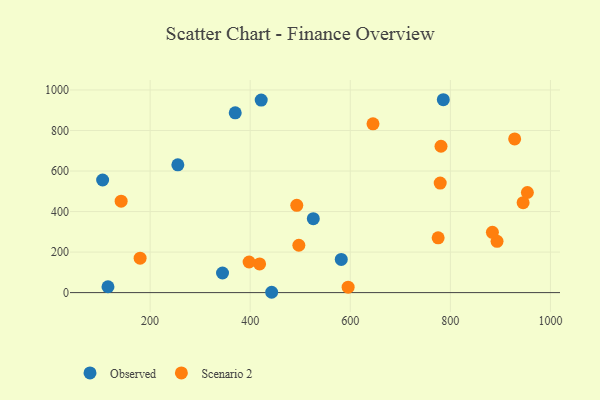
{"axis": {"x": "Speed", "y": "Yield"}, "legend": ["Observed", "Scenario 2"], "data": [{"x": "255.4", "y": 630.6, "type": "Observed"}, {"x": "115.8", "y": 28.9, "type": "Observed"}, {"x": "344.7", "y": 96.7, "type": "Observed"}, {"x": "442.9", "y": 1.6, "type": "Observed"}, {"x": "422.0", "y": 950.2, "type": "Observed"}, {"x": "526.1", "y": 364.6, "type": "Observed"}, {"x": "370.1", "y": 887.3, "type": "Observed"}, {"x": "582.0", "y": 163.9, "type": "Observed"}, {"x": "105.1", "y": 555.6, "type": "Observed"}, {"x": "785.9", "y": 951.9, "type": "Observed"}, {"x": "645.4", "y": 833.1, "type": "Scenario 2"}, {"x": "945.4", "y": 443.9, "type": "Scenario 2"}, {"x": "893.3", "y": 253.2, "type": "Scenario 2"}, {"x": "497.2", "y": 233.6, "type": "Scenario 2"}, {"x": "493.1", "y": 430.9, "type": "Scenario 2"}, {"x": "180.0", "y": 170.0, "type": "Scenario 2"}, {"x": "779.7", "y": 540.4, "type": "Scenario 2"}, {"x": "595.7", "y": 26.7, "type": "Scenario 2"}, {"x": "781.3", "y": 722.2, "type": "Scenario 2"}, {"x": "884.0", "y": 297.6, "type": "Scenario 2"}, {"x": "775.6", "y": 270.5, "type": "Scenario 2"}, {"x": "418.8", "y": 141.6, "type": "Scenario 2"}, {"x": "397.8", "y": 151.1, "type": "Scenario 2"}, {"x": "928.5", "y": 758.6, "type": "Scenario 2"}, {"x": "953.9", "y": 494.1, "type": "Scenario 2"}, {"x": "142.1", "y": 451.1, "type": "Scenario 2"}]}